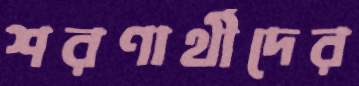
শরণার্থীদের